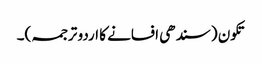
تکون (سندھی افسانے کا اردو ترجمہ)۔